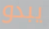
يبدو